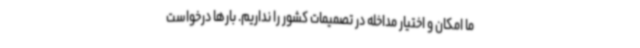
ما امکان و اختیار مداخله در تصمیمات کشور را نداریم. بارها درخواست